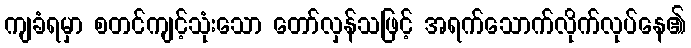
ကျခံရမှာ စတင်ကျင့်သုံးသော တော်လှန်သဖြင့် အရက်သောက်လိုက်လုပ်နေ၏